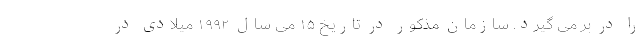
را در بر می گیرد. سازمان مذکور در تاریخ ۱۵ می سال ۱۹۹۲ میلادی در